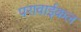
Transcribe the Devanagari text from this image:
परावाईकल